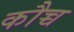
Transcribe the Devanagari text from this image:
कौच्च